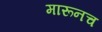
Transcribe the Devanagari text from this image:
मारूनच